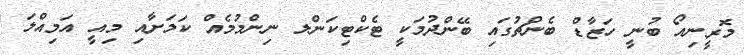
މޮރީނިއޯ ބުނީ ހަޒާޑް ބެންޗުގައި ބޭންދުމަކީ ޓެކްޓިކަންލ ނިންމުމެއް ކަމަށާއި މިއީ އަމިއްލަ